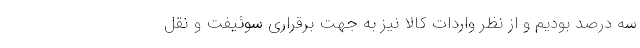
سه درصد بودیم و از نظر واردات کالا نیز به جهت برقراری سوئیفت و نقل